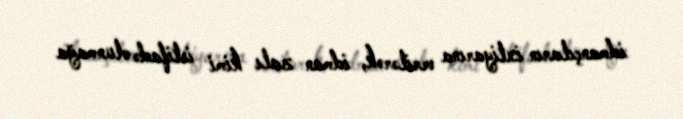
idmançıların ixtiyarına verilərək, idman zalı kimi istifadə olunmağa